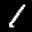
Label: 1